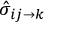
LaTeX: { \hat { \sigma } } _ { i j \rightarrow k }